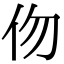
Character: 伆